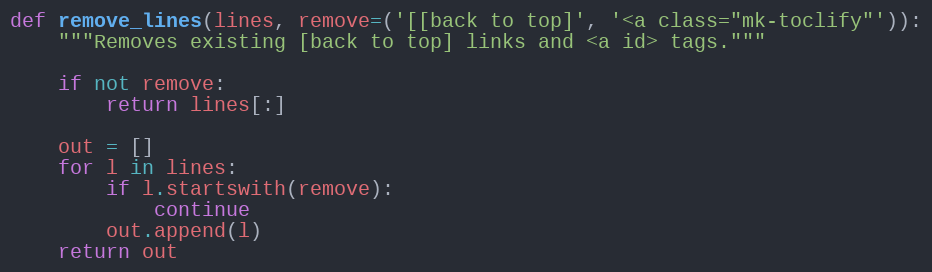
Language: Python
def remove_lines(lines, remove=('[[back to top]', '<a class="mk-toclify"')):
    """Removes existing [back to top] links and <a id> tags."""

    if not remove:
        return lines[:]

    out = []
    for l in lines:
        if l.startswith(remove):
            continue
        out.append(l)
    return out